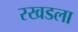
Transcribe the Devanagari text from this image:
रखडला